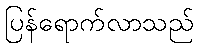
ပြန်ရောက်လာသည်